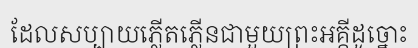
ដែលសប្បាយភ្លើតភ្លើនជាមួយព្រះអគ្គីដូច្នោះ